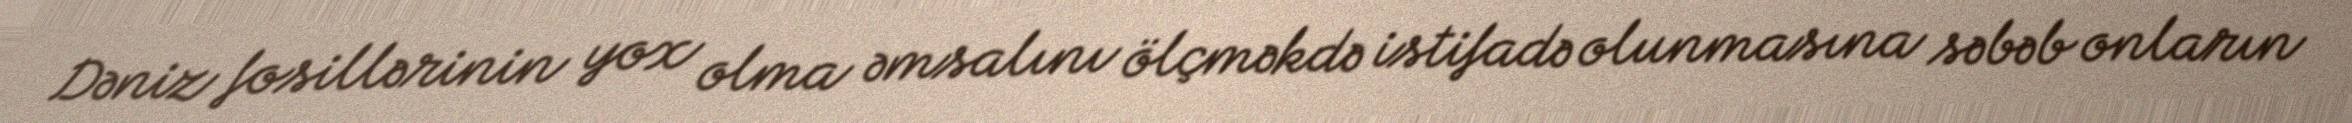
Dəniz fosillərinin yox olma əmsalını ölçməkdə istifadə olunmasına səbəb onların